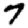
Digit: 7